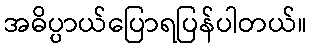
အဓိပ္ပာယ်ပြောရပြန်ပါတယ်။